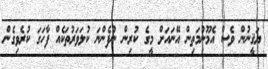
ޔަޤީނުން ވެސް އެމޫނުމަތިން އޭނައަށް މީގެ ކުރިން ނުފެންނަ ކުލަވަރުތަކެއް ފާހަގަ ކުރެވިގެން